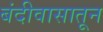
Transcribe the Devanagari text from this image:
बंदीवासातून